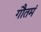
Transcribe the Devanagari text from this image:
गौतमं